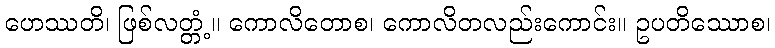
ဟေဿတိ၊ ဖြစ်လတ္တံ့။ ကောလိတောစ၊ ကောလိတလည်းကောင်း။ ဥပတိဿောစ၊